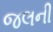
જલની